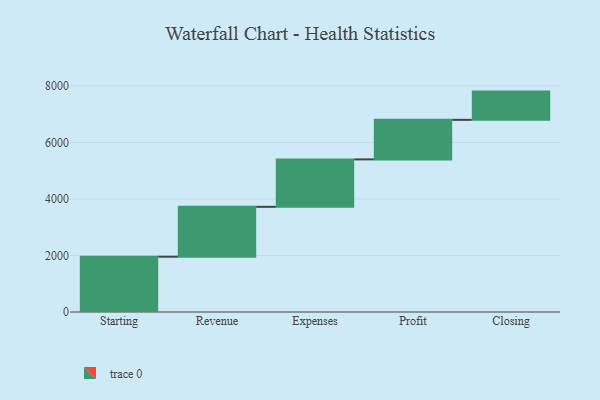
{"axis": {"x": "Step", "y": "Value"}, "legend": [""], "data": [{"x": "Starting", "y": 1956.0, "type": ""}, {"x": "Revenue", "y": 1765.0, "type": ""}, {"x": "Expenses", "y": 1679.0, "type": ""}, {"x": "Profit", "y": 1398.0, "type": ""}, {"x": "Closing", "y": 1000, "type": ""}]}